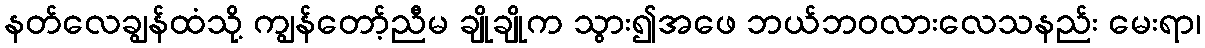
နတ်လေချွန်ထံသို့ ကျွန်တော့်ညီမ ချိုချိုက သွား၍အဖေ ဘယ်ဘဝလားလေသနည်း မေးရာ၊